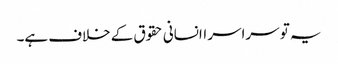
یہ تو سراسر اانسانی حقوق کے خلاف ہے۔